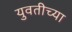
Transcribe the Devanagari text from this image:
युवतीच्या